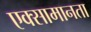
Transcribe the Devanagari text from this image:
एक्सामानता